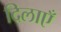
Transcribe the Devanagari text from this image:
दिलाएँ